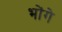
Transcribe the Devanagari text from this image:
भोंगे